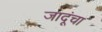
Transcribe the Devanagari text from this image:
जादूंचा